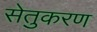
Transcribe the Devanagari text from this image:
सेतुकरण